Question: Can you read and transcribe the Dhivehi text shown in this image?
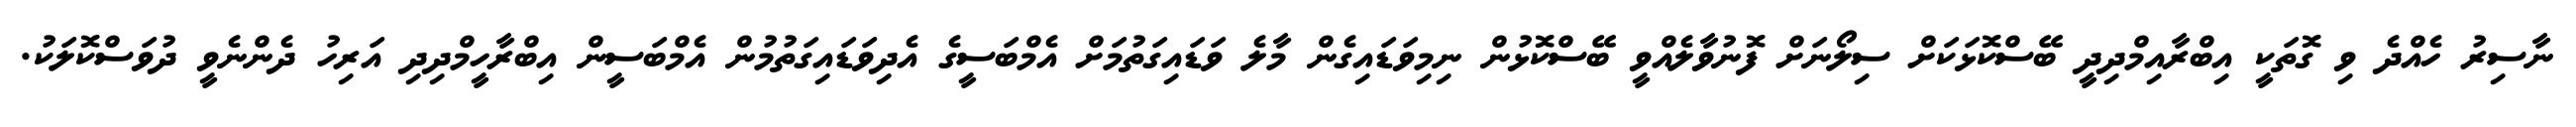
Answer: ނާސިރު ހެއްދެ ވި ގޮތަކީ އިބްރާއިމްދިދީ ބޭސްކޮޅަކަށް ސިލޯނަށް ފޮނުވާލެއްވީ ބޭސްކޮޅުން ނިމިވަޑައިގެން މާލެ ވަޑައިގަތުމަށް އެމްބަސީގެ އެދިވަޑައިގަތުމުން އެމްބަސީން އިބްރާހީމްދިދި އަރިހު ދެންނެވީ ދުވަސްކޮލަކު.